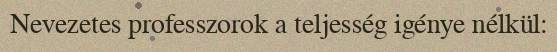
Nevezetes professzorok a teljesség igénye nélkül: